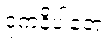
ဒုကနိပါတေ